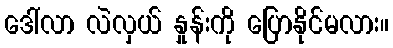
ဒေါ်လာ လဲလှယ် နှုန်းကို ပြောနိုင်မလား။